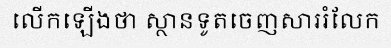
លើកឡើងថា ស្ថានទូតចេញសាររំលែក